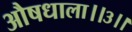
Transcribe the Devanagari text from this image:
औषधाला।।३।।